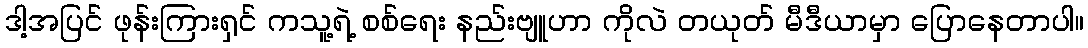
ဒါ့အပြင် ဖုန်းကြားရှင် ကသူ့ရဲ့ စစ်ရေး နည်းဗျူဟာ ကိုလဲ တယုတ် မီဒီယာမှာ ပြောနေတာပါ။